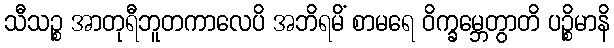
သီသဉ္စ အာတုရီဘူတကာလေပိ အဘိရမိံ စာမရေ ဝိက္ခမ္ဘေတွာတိ ပဉ္စိမာနိ